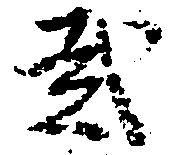
弐